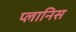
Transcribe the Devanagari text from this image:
प्लानिस